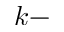
k -